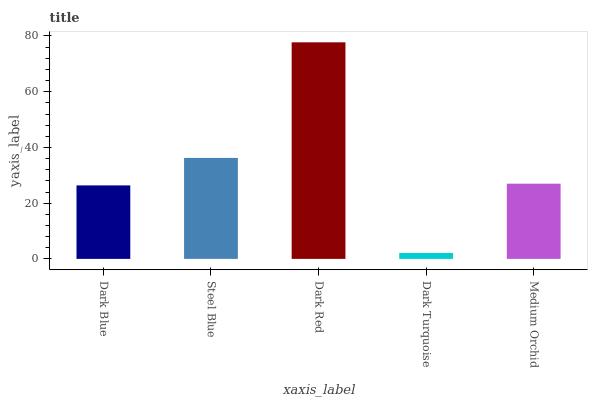
| xaxis_label | bars |
 | --- | --- |
 | Dark Blue | 26.4 |
 | Steel Blue | 36.2 |
 | Dark Red | 77.7 |
 | Dark Turquoise | 2.11 |
 | Medium Orchid | 27 |